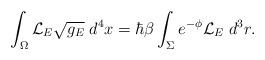
LaTeX: \begin{align*}\int_\Omega {\cal L}_E \sqrt{g_E} \; d^4x= \hbar\beta\int_\Sigma e^{-\phi} {\cal L}_E \; d^3r.\end{align*}